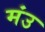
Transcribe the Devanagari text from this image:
मंउ